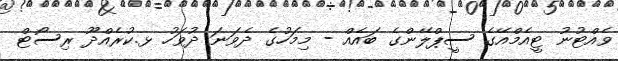
ވެއްޓުނު ޓީއެމްއޭގެ ސީޕްލޭންގެ ބައެއް - މިމަހުގެ ދެވަނަ ދުވަހު ޅ.ކުރެއްދޫ ރިސޯޓް